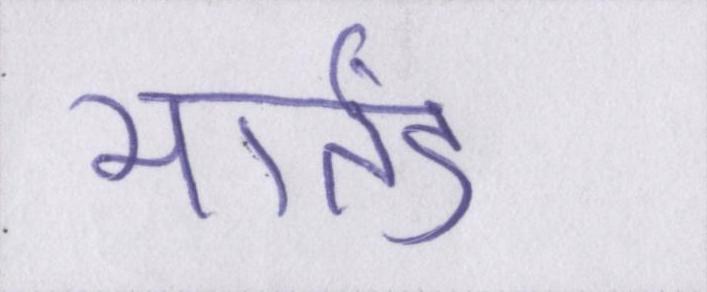
मार्तंड